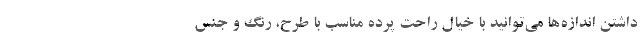
داشتن اندازه‌ها می‌توانید با خیال راحت پرده مناسب با طرح، رنگ و جنس